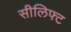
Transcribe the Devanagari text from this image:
सीलिफ्ट